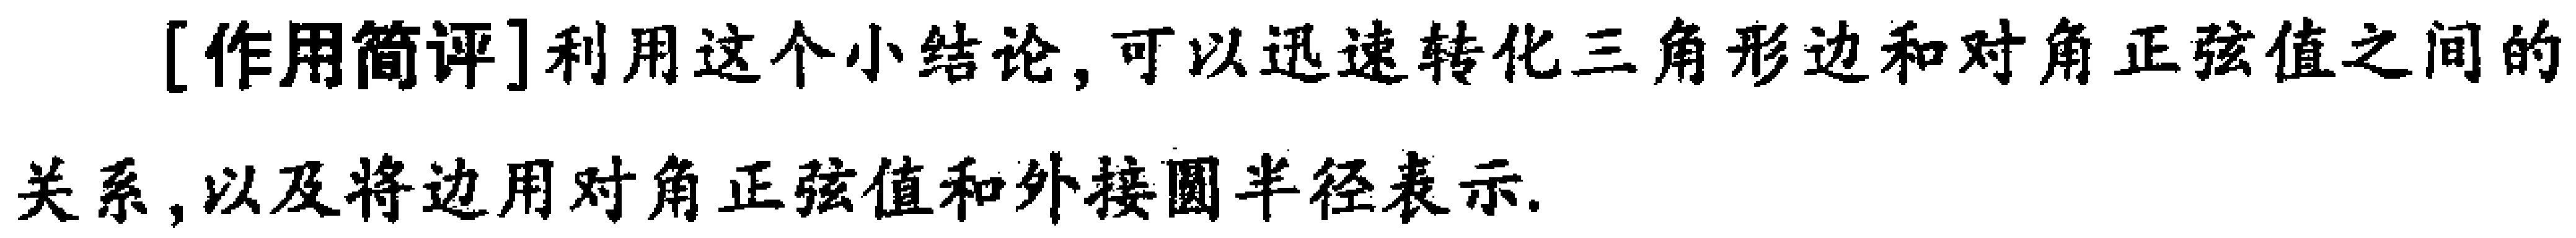
[作用简评]利用这个小结论,可以迅速转化三角形边和对角正弦值之间的关系,以及将边用对角正弦值和外接圆半径表示.